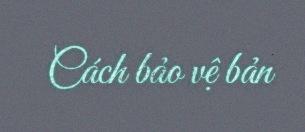
Cách bảo vệ bản